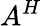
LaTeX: A^{H}